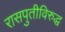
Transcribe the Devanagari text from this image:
रासपुतीविरुद्ध